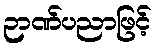
ဉာဏ်ပညာဖြင့်